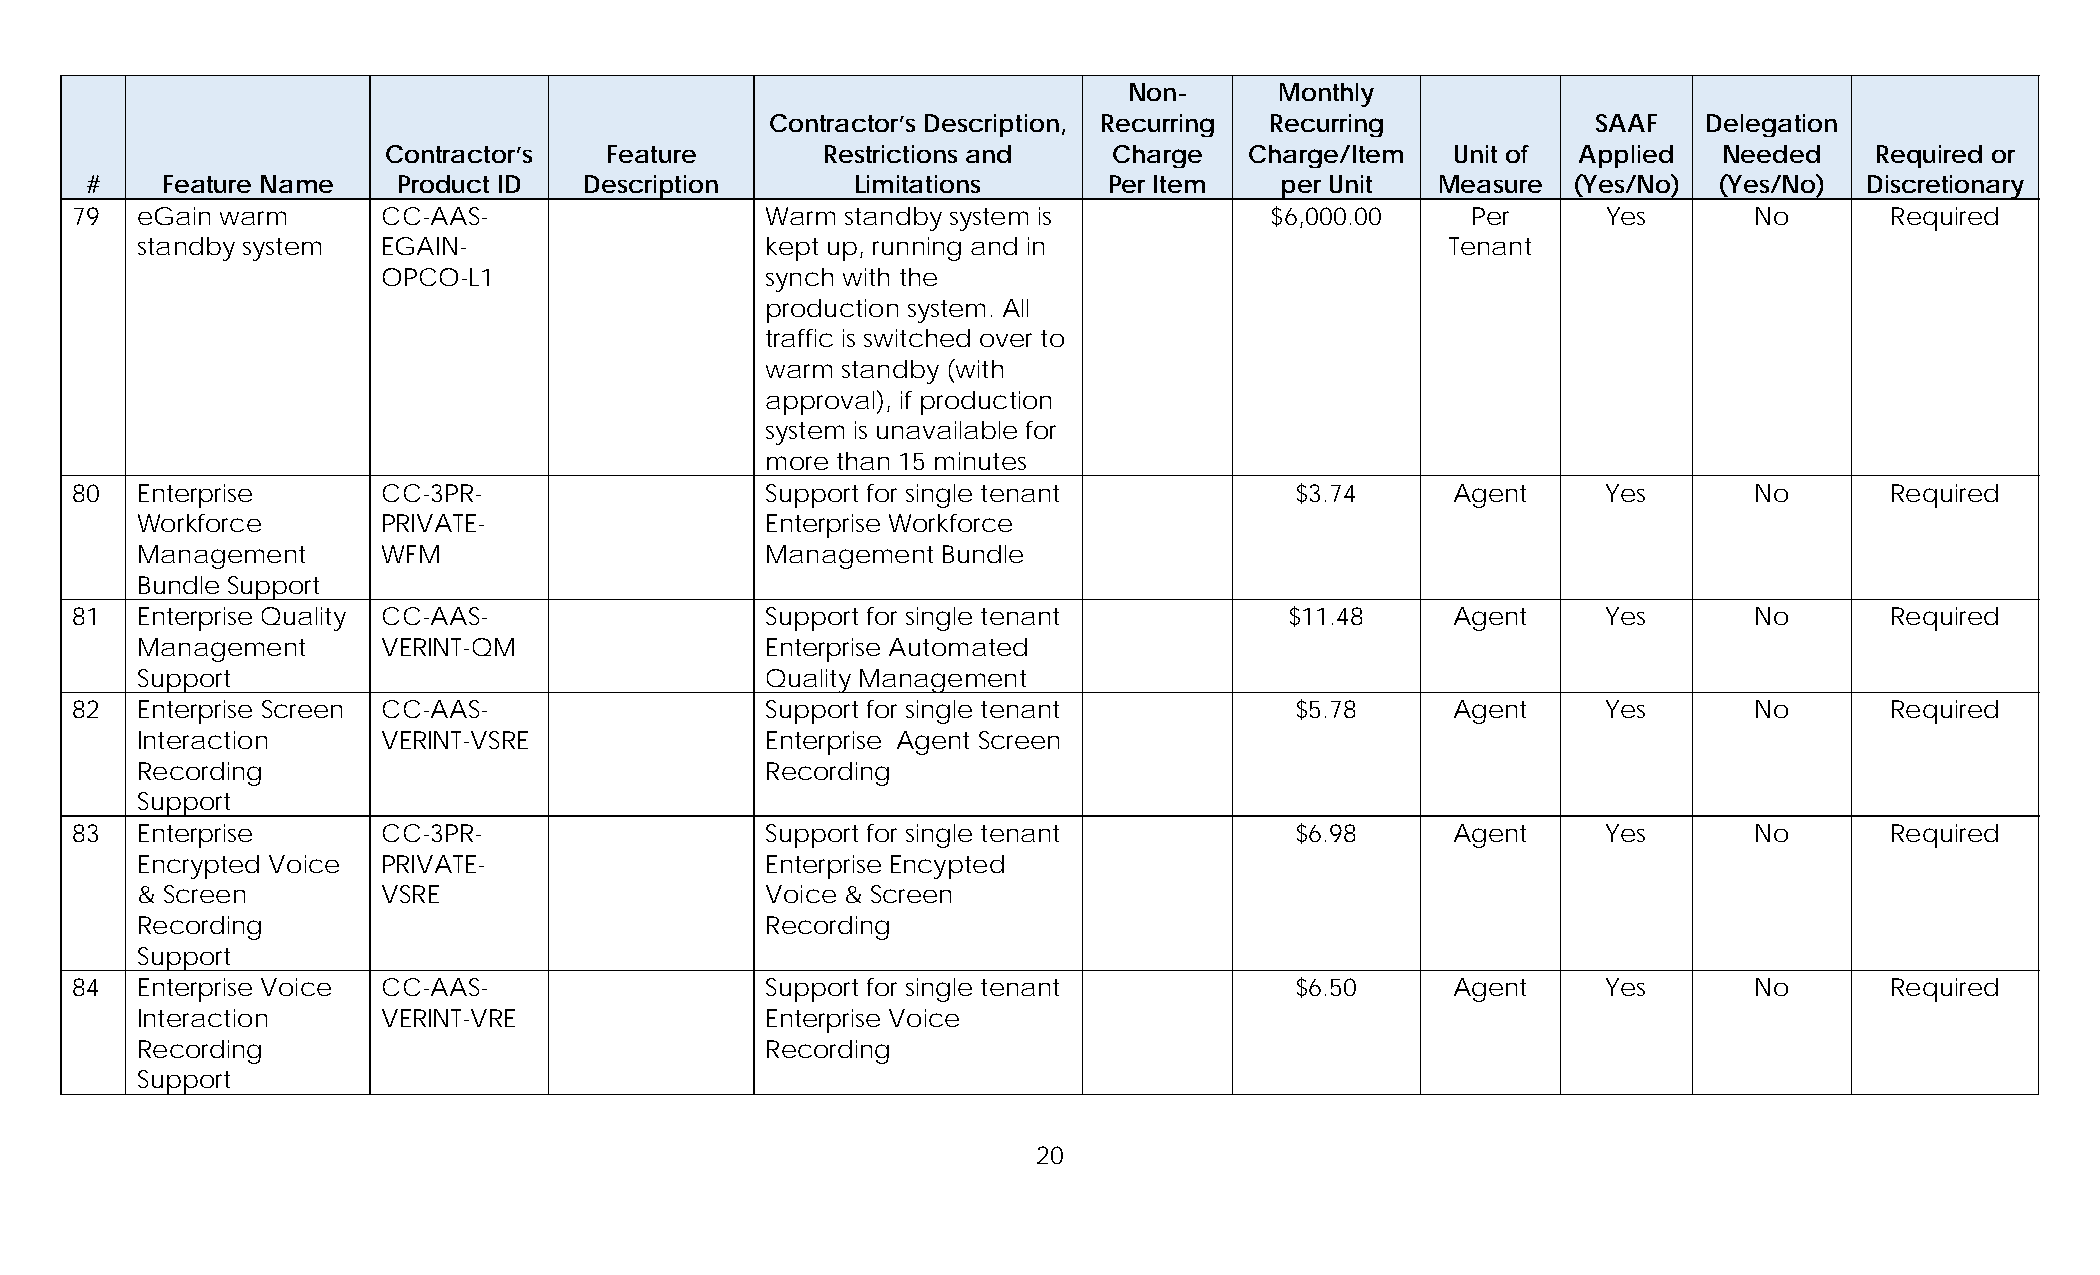
Non-      Monthly
 Contractor’s Description, Recurring Recurring          SAAF   Delegation
 Contractor’s  Feature        Restrictions and   Charge   Charge/Item  Unit of  Applied  Needed    Required or
 #    Feature Name   Product ID   Description       Limitations     Per Item    per Unit  Measure  (Yes/No)  (Yes/No)  Discretionary
 79  eGain warm      CC-AAS-                   Warm standby system is           $6,000.00    Per      Yes       No       Required
 standby system  EGAIN-                    kept up, running and in                      Tenant
 OPCO-L1                   synch with the
 production system. All
 traffic is switched over to
 warm standby (with
 approval), if production
 system is unavailable for
 more than 15 minutes
 80  Enterprise      CC-3PR-                   Support for single tenant          $3.74     Agent     Yes       No       Required
 Workforce       PRIVATE-                  Enterprise Workforce
 Management      WFM                       Management Bundle
 Bundle Support
 81  Enterprise Quality CC-AAS-                Support for single tenant         $11.48     Agent     Yes       No       Required
 Management      VERINT-QM                 Enterprise Automated
 Support                                   Quality Management
 82  Enterprise Screen CC-AAS-                 Support for single tenant          $5.78     Agent     Yes       No       Required
 Interaction     VERINT-VSRE               Enterprise Agent Screen
 Recording                                 Recording
 Support
 83  Enterprise      CC-3PR-                   Support for single tenant          $6.98     Agent     Yes       No       Required
 Encrypted Voice PRIVATE-                  Enterprise Encypted
 & Screen        VSRE                      Voice & Screen
 Recording                                 Recording
 Support
 84  Enterprise Voice CC-AAS-                  Support for single tenant          $6.50     Agent     Yes       No       Required
 Interaction     VERINT-VRE                Enterprise Voice
 Recording                                 Recording
 Support
 20